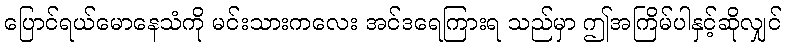
ပြောင်ရယ်မောနေသံကို မင်းသားကလေး အင်ဒရေကြားရ သည်မှာ ဤအကြိမ်ပါနှင့်ဆိုလျှင်